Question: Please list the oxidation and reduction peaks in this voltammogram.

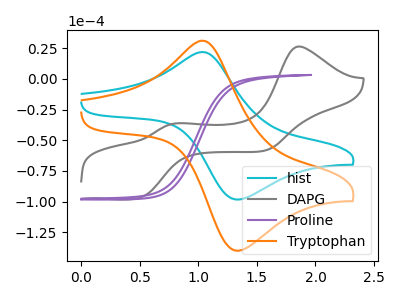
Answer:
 <answer>The cyan curve "hist" has an anodic peak at (1.05V, 21.75uA) and a cathodic peak at (1.30V, -98.10uA). The gray curve "DAPG" has anodic peaks at (1.85V, 26.30uA) (0.80V, -36.20uA) and cathodic peaks at (0.50V, -96.80uA) (1.55V, -58.30uA). The purple curve "Proline" has no peaks. The orange curve "Tryptophan" has an anodic peak at (1.05V, 30.95uA) and a cathodic peak at (1.30V, -139.65uA).</answer>
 <eval></eval>